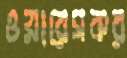
ওয়ারেসকর